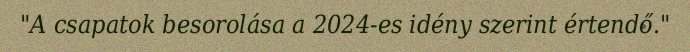
"A csapatok besorolása a 2024-es idény szerint értendő."